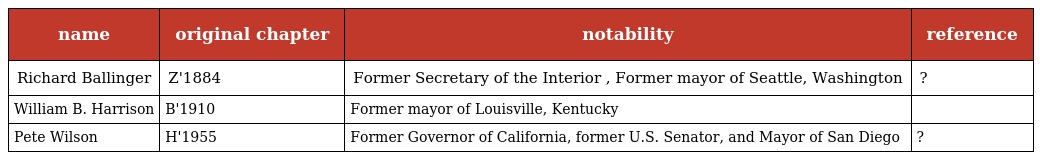
| name | original chapter | notability | reference |
 | --- | --- | --- | --- |
 | Richard Ballinger | Ζ'1884 | Former Secretary of the Interior , Former mayor of Seattle, Washington | ? |
 | William B. Harrison | Β'1910 | Former mayor of Louisville, Kentucky |  |
 | Pete Wilson | Η'1955 | Former Governor of California, former U.S. Senator, and Mayor of San Diego | ? |